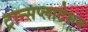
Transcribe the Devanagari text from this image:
ट्रान्सप्लाटेशन